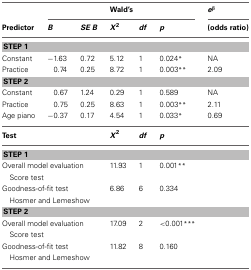
<table><thead><tr><td></td><td colspan="5"><b>Wald&#x27;s</b></td><td><b><i>e</i><sup>β</sup></b></td></tr><tr><td><b>Predictor</b></td><td><b><i>B</i></b></td><td><b><i>SE B</i></b></td><td><b><i>X</i><sup>2</sup></b></td><td><b><i>df</i></b></td><td><b><i>p</i></b></td><td><b>(odds ratio)</b></td></tr></thead><tbody><tr><td colspan="7"><b>STEP 1</b></td></tr><tr><td>Constant</td><td>−1.63</td><td>0.72</td><td>5.12</td><td>1</td><td>0.024<sup>*</sup></td><td>NA</td></tr><tr><td>Practice</td><td>0.74</td><td>0.25</td><td>8.72</td><td>1</td><td>0.003<sup>**</sup></td><td>2.09</td></tr><tr><td colspan="7"><b>STEP 2</b></td></tr><tr><td>Constant</td><td>0.67</td><td>1.24</td><td>0.29</td><td>1</td><td>0.589</td><td>NA</td></tr><tr><td>Practice</td><td>0.75</td><td>0.25</td><td>8.63</td><td>1</td><td>0.003<sup>**</sup></td><td>2.11</td></tr><tr><td>Age piano</td><td>−0.37</td><td>0.17</td><td>4.54</td><td>1</td><td>0.033<sup>*</sup></td><td>0.69</td></tr><tr><td><b>Test</b></td><td></td><td></td><td><b><i>X</i><sup>2</sup></b></td><td><b><i>df</i></b></td><td><b><i>p</i></b></td><td></td></tr><tr><td colspan="7"><b>STEP 1</b></td></tr><tr><td colspan="3">Overall model evaluation</td><td>11.93</td><td>1</td><td>0.001<sup>**</sup></td><td></td></tr><tr><td colspan="3"> Score test</td><td></td><td></td><td></td><td></td></tr><tr><td colspan="3">Goodness-of-fit test</td><td>6.86</td><td>6</td><td>0.334</td><td></td></tr><tr><td colspan="3"> Hosmer and Lemeshow</td><td></td><td></td><td></td><td></td></tr><tr><td colspan="7"><b>STEP 2</b></td></tr><tr><td colspan="3">Overall model evaluation</td><td>17.09</td><td>2</td><td>&lt;0.001<sup>***</sup></td><td></td></tr><tr><td colspan="3"> Score test</td><td></td><td></td><td></td><td></td></tr><tr><td colspan="3">Goodness-of-fit test</td><td>11.82</td><td>8</td><td>0.160</td><td></td></tr><tr><td colspan="3"> Hosmer and Lemeshow</td><td></td><td></td><td></td><td></td></tr></tbody></table>